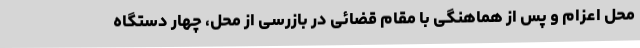
محل اعزام و پس از هماهنگی با مقام قضائی در بازرسی از محل، چهار دستگاه